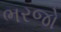
ભરજો